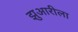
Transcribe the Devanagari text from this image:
झुआरीला